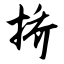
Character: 挢